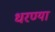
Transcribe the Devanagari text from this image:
धरण्या